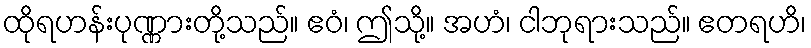
ထိုရဟန်းပုဏ္ဏားတို့သည်။ ဧဝံ၊ ဤသို့။ အဟံ၊ ငါဘုရားသည်။ ဧတရဟိ၊